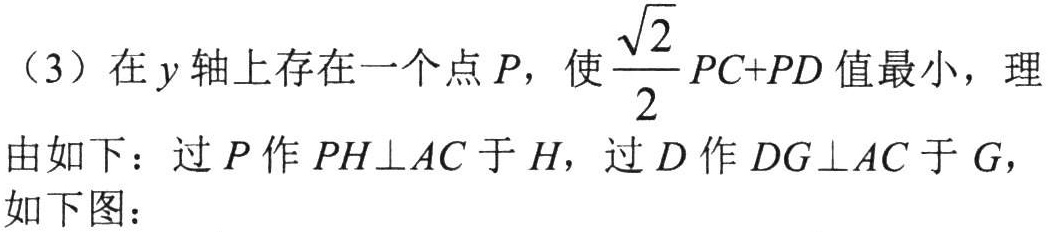
（3）在\(y\)轴上存在一个点\(P\)，使\(\frac{\sqrt{2}}{2}PC + PD\)值最小，理由如下：过\(P\)作\(PH\perp AC\)于\(H\)，过\(D\)作\(DG\perp AC\)于\(G\)，如下图：